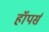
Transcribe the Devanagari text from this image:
हॉपर्स